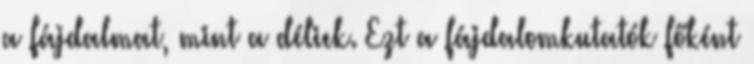
a fájdalmat, mint a déliek. Ezt a fájdalomkutatók főként